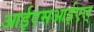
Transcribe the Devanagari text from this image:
आईएसआईएल्